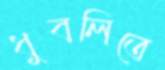
ধুবলিতে